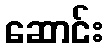
ဆောင်း